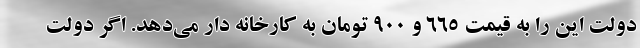
دولت این را به قیمت ۶۶۵ و ۹۰۰ تومان به کارخانه دار می‌دهد. اگر دولت